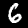
Digit: 6